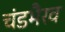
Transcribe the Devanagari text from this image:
चंडभैरव